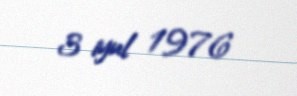
3 iyul 1976